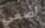
أصغي